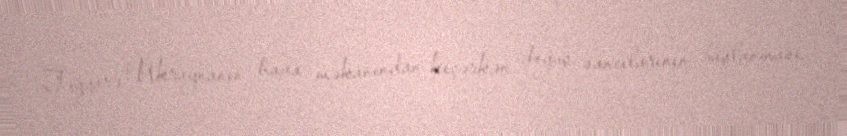
Təyyarə Ukraynanın hava məkanından keçərkən doğuş sancılarının başlanması